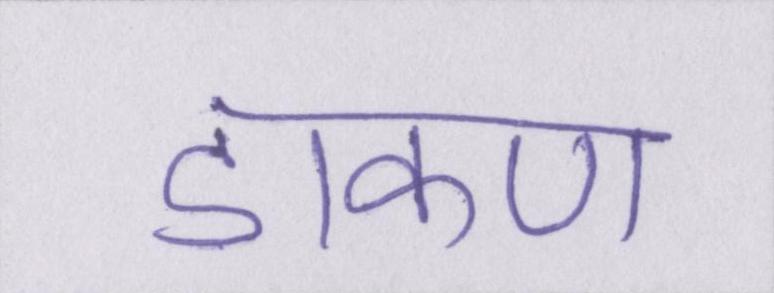
डाकण